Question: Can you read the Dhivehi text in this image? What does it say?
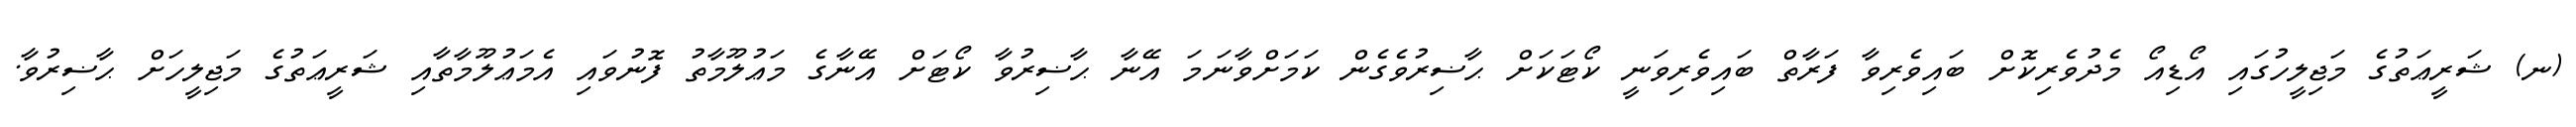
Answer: (ނ) ޝަރީޢަތުގެ މަޖިލީހުގައި އޯޑިއޯ މެދުވެރިކޮށް ބައިވެރިވާ ފަރާތް ބައިވެރިވަނީ ކޯޓަކަށް ޙާޟިރުވެގެން ކަމަށްވާނަމަ އޭނާ ޙާޟިރުވާ ކޯޓަށް އޭނާގެ މަޢުލޫމާތު ފޮނުވައި އެމަޢުލޫމާތާއި ޝަރީޢަތުގެ މަޖިލީހަށް ޙާޟިރުވާ.